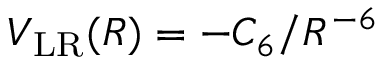
V _ { \mathrm { L R } } ( R ) = - C _ { 6 } / R ^ { - 6 }